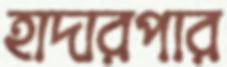
হাদারপার